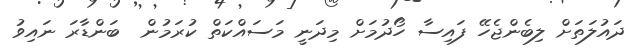
ދައުލަތަށް ލިބެންޖެހޭ ފައިސާ ހޯދުމަށް މިދަނީ މަސައްކަތް ކުރަމުން  ބަންޑާރަ ނައިވު